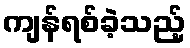
ကျန်ရစ်ခဲ့သည့်